Report on the lunatic asylums under the Government of Bombay - 1904-1913
Year: 1904
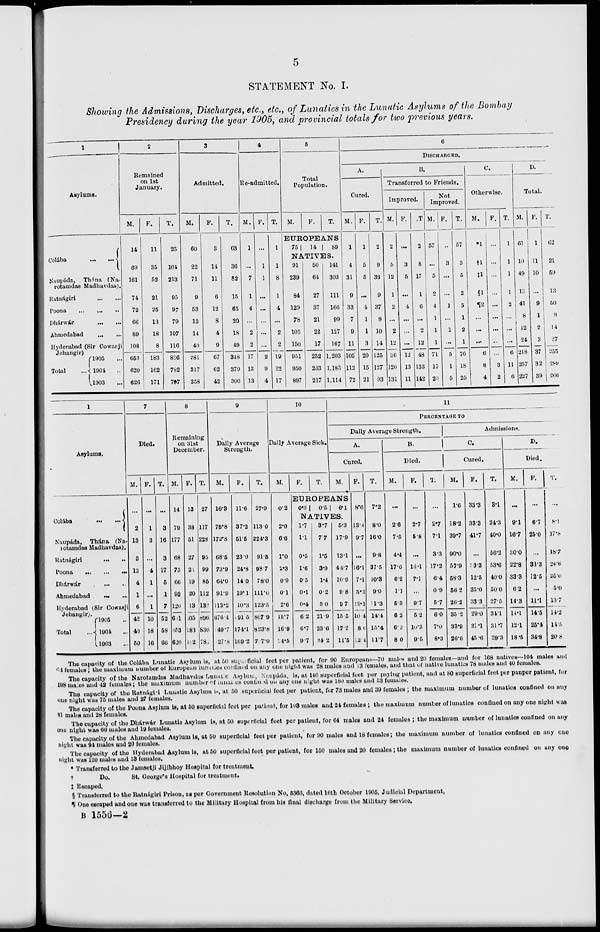
5
STATEMENT No. I.
Showing the Admissions, Discharges, etc., etc., of Lunatics in the Lunatic Asylums of the Bombay
Presidency during the year 1905, and provincial totals for two previous years.
1
Asylums.
Colába
...
...
Naupáda, Thána (Na-
rotamdas Madhavdas).
Ratnágiri
...
...
Poona ... ... ...
Dhárwár
...
...
Ahmedabad
...
...
Hyderabad (Sir Cowasji
Jehangir)
Total
1905 ...
1904 ...
1903 ...
2
Remained
on 1st
January.
M.
14
69
161
74
72
66
89
108
653
620
626
F.
11
35
52
21
25
13
18
8
183
162
171
T.
25
104
213
95
97
79
107
116
836
782
797
3
Admitted.
M.
60
22
71
9
53
12
14
40
281
317
258
F.
3
14
11
6
12
8
4
9
67
62
42
T.
63
36
82
15
65
20
18
49
348
379
300
4
Re-admitted.
M.
1
...
7
1
4
...
2
2
17
13
13
F.
...
1
1
...
...
...
...
...
2
9
4
T.
1
1
8
1
4
...
2
2
19
22
17
5
Total
Population.
M.
F.
T.
EUROPEANS
75
14
89
NATIVES.
91
239
84
129
78
105
150
951
950
897
50
64
27
37
21
22
17
252
233
217
141
303
111
166
99
127
167
1,203
1,183
1,114
6
DISCHARGED.
A.
Cured.
M.
1
4
31
9
33
7
9
11
105
112
72
F.
1
5
5
...
4
1
1
3
20
15
21
T.
2
9
36
9
37
8
10
14
125
127
93
B.
Transferred to Friends.
Improved.
M.
2
5
12
1
2
...
2
12
36
120
131
F.
...
3
5
...
4
...
...
...
12
13
11
T
2
8
17
1
6
...
2
12
48
133
142
Not
Improved.
M.
57
...
5
2
4
1
1
1
71
17
20
F.
...
3
...
...
1
...
1
...
5
1
5
T.
57
3
5
2
5
1
2
1
76
18
25
C.
Otherwise.
M.
1
†1
‡1
§1
¶2
...
...
...
6
8
4
F.
...
...
...
...
...
...
...
...
...
3
2
T.
1
1
1
1
2
...
...
...
6
11
6
D.
Total.
M.
61
10
49
13
41
8
12
24
218
257
227
F.
1
11
10
...
9
1
2
3
37
32
39
T.
62
21
59
13
50
9
14
27
255
289
266
1
Asylums.
Colába
...
...
Naupáda, Thána (Na-
rotamdas Madhavdas).
Ratnágiri
...
...
Poona
...
...
...
Dhárwár
...
...
Ahmedabad ... ...
Hyderabad (Sir Cowasji
Jehangir).
Total
1905 ...
1904 ...
1903 ...
7
Died.
M.
...
2
13
3
13
4
1
6
42
40
50
F.
...
1
3
...
4
1
...
1
10
18
16
T.
...
3
16
3
17
5
1
7
52
58
66
8
Remaining
on 31st
December.
M.
14
79
177
68
75
66
92
120
691
653
620
F.
13
38
51
27
24
19
20
13
205
183
162
T.
27
117
228
95
99
85
112
133
896
836
782
9
Daily Average
Strength.
M.
16.3
75.8
172.8
68.5
73.9
64.0
91.9
113.2
676.4
49.7
27.8
F.
11.6
37.2
51.5
23.0
24.8
14.0
19.1
10.3
191.5
174.1
169.2
T.
27.9
113.0
224.3
91.5
98.7
78.0
111.0
123.5
867.9
823.8
797.0
10
Daily Average Sick.
M.
F.
T.
11
PERCENTAGE
TO
Daily Average Strength.
A.
Cured.
M.
F.
EUROPEANS
0.2
2.0
6.6
1.0
2.3
0.9
0.1
2.6
15.7
16.9
4.5
0.3
0.5
6.1
NATIVES.
1.7
11
0.5
1.6
0.5
0.1
0.4
6.2
6.7
9.7
3.7
7.7
1.5
3.9
1.4
0.2
3.0
21.9
23.6
34.2
5.3
17.9
13.1
44.7
10.9
9.8
9.7
15.5
17.2
11.5
8.6
13.4
9.7
...
16.1
7.1
5.2
29.1
10.4
8.6
2.4
T.
7.2
8.0
16.0
9.8
37.5
10.3
9.0
11.3
14.4
15.4
11.7
B.
Died.
M.
...
2.6
7.5
4.4
17.6
6.2
1.1
5.3
6.2
6.2
8.0
F.
...
2.7
5.8
...
16.1
7.1
...
9.7
5.2
10.3
9.5
T.
...
2.7
7.1
3.3
17.2
6.4
0.9
5.7
6.0
7.0
8.3
Admissions.
C.
Cured.
M.
1.6
18.2
39.7
90.0
57.9
58.3
56.2
26.2
35.2
33.9
26.6
F.
33.3
33.3
41.7
...
3.3
12.5
25.0
33.3
29.0
21.1
45.6
T.
3.1
24.3
40.0
56.2
53.6
40.0
50.0
27.5
34.1
31.7
29.3
D.
Died.
M.
...
9.1
16.7
30.0
22.8
33.3
6.2
14.3
14.1
12.1
18.5
F.
...
6.7
25.0
...
33 3
12.5
...
11.1
14.5
25.4
34.8
T.
...
8.1
17.8
18.7
24.6
25.0
5.0
13.7
14.2
14.5
20.8
The capacity of the Colába Lunatic Asylum is, at 50 superficial feet per patient, for 90 Europeans—70 males and 20 females —and for 168 natives—104 males and
64 females; the maximum number of European lunatics confined on any one night was 28 males and 13 females, and that of native lunatics 78 males and 40 females.
The capacity of the Narotamdas Madhavdas Lunatics Asylum, Naupáda, is, at 140 superficial feet per paying patient, and at 80 superficial feet per pauper patient, for
198 males and 42 females; the maximum number of lunatics confined on any one night was 180 males and 53 females.
The capacity of the Ratnágiri Lunatic Asylum is, at 50 superficial feet per patient, for 73 males and 39 females ; the maximum number of lunatics confined on any
one night was 75 males and 27 females.
The capacity of the Poona Asylum is, at 50 superficial feet per patient, for 108 males and 24 females ; the maximum number of lunatics confined on any one night was
31 males and 28 females.
The capacity of the Dhárwár Lunatic Asylum is, at 50 superficial feet per patient, for 64 males and 24 females ; the maximum number of lunatics confined on any
one night was 66 males and 19 females.
The capacity of the Ahmedabad Asylum is, at 50 superficial feet per patient, for 90 males and 18 females; the maximum number of lunatics confined on any one
night was 94 males and 20 females.
The capacity of the Hyderabad Asylum is, at 50 superficial feet per patient, for 150 males and 20 females; the maximum number of lunatics confined on any one
night was 120 males and 18 females.
* Transferred to the Jamsetji Jijibhoy Hospital for treatment.
†
Do.
St. George's Hospital for treatment.
‡ Escaped.
§ Transferred to the Ratnágiri Prison, as per Government Resolution No, 5366, dated 16th October 1905, Judicial Department,
¶ One escaped and one was transferred to the Military Hospital from his final discharge from the Military Service.
B 1556—2